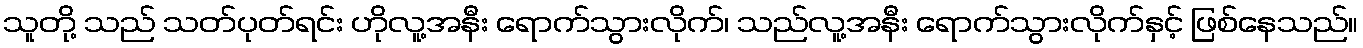
သူတို့ သည် သတ်ပုတ်ရင်း ဟိုလူ့အနီး ရောက်သွားလိုက်၊ သည်လူ့အနီး ရောက်သွားလိုက်နှင့် ဖြစ်နေသည်။